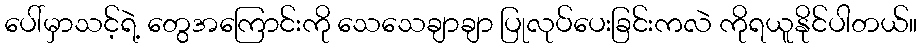
ပေါ်မှာသင့်ရဲ့ တွေအကြောင်းကို သေသေချာချာ ပြုလုပ်ပေးခြင်းကလဲ ကိုရယူနိုင်ပါတယ်။